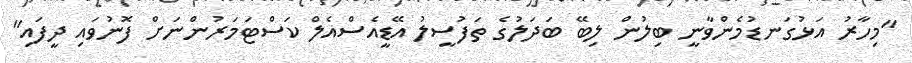
"މިހާރު އަޅުގަނޑުމެންވާނީ ބިލުން ލިބޭ ބަދަލުގެ ތަފުސީލު އޭޑީއެސްއެލް ކަސްޓަމަރުންނަށް ފޮނުވައި ދީފައި"